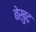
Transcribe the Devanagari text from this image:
बेखुद